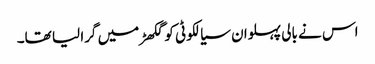
اس نے بالی پہلوان سیالکوٹی کو گکھڑ میں گرا لیا تھا۔